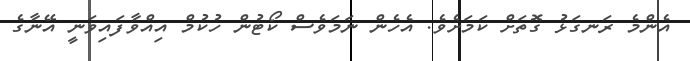
އެންމެ ރަނގަޅު ގޮތަށް ކަމަށެވެ. އެހެން ނަމަވެސް ކޯޓުން ހުކުމް އިއްވާފައިވަނީ އޭނާގެ